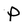
Character: P